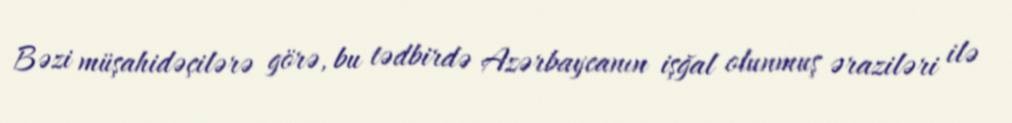
Bəzi müşahidəçilərə görə, bu tədbirdə Azərbaycanın işğal olunmuş əraziləri ilə